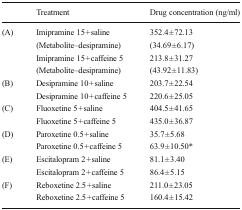
<table><thead><tr><td></td><td><b>Treatment</b></td><td><b>Drug concentration (ng/ml)</b></td></tr></thead><tbody><tr><td rowspan="4">(A)</td><td>Imipramine 15 + saline</td><td>352.4 ± 72.13</td></tr><tr><td>(Metabolite–desipramine)</td><td>(34.69 ± 6.17)</td></tr><tr><td>Imipramine 15 + caffeine 5</td><td>213.8 ± 31.27</td></tr><tr><td>(Metabolite–desipramine)</td><td>(43.92 ± 11.83)</td></tr><tr><td rowspan="2">(B)</td><td>Desipramine 10 + saline</td><td>203.7 ± 22.54</td></tr><tr><td>Desipramine 10 + caffeine 5</td><td>220.6 ± 25.05</td></tr><tr><td rowspan="2">(C)</td><td>Fluoxetine 5 + saline</td><td>404.5 ± 41.65</td></tr><tr><td>Fluoxetine 5 + caffeine 5</td><td>435.0 ± 36.87</td></tr><tr><td rowspan="2">(D)</td><td>Paroxetine 0.5 + saline</td><td>35.7 ± 5.68</td></tr><tr><td>Paroxetine 0.5 + caffeine 5</td><td>63.9 ± 10.50*</td></tr><tr><td rowspan="2">(E)</td><td>Escitalopram 2 + saline</td><td>81.1 ± 3.40</td></tr><tr><td>Escitalopram 2 + caffeine 5</td><td>86.4 ± 5.15</td></tr><tr><td rowspan="2">(F)</td><td>Reboxetine 2.5 + saline</td><td>211.0 ± 23.05</td></tr><tr><td>Reboxetine 2.5 + caffeine 5</td><td>160.4 ± 15.42</td></tr></tbody></table>